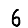
Digit: 6